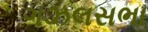
ગઝલસભા